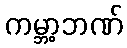
ကမ္ဘာ့ဘဏ်